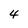
Character: 4